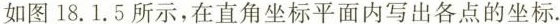
如图18.1.5所示，在直角坐标平面内写出各点的坐标.